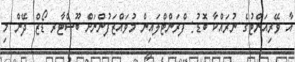
އާ ވޭރިއަންޓުގެ ނުރައްކާ ބޮޑު: ފްރަންޓްލައިން މުވައްޒަފުންނަށް ބޫސްޓާރ ޑޯޒް ދޭން މި